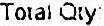
TOTAL QTY: